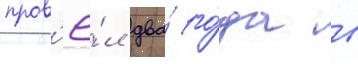
пров'ё́л два́ го́да в